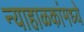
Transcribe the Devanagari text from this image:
न्याहाळकांमध्ये